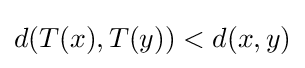
d(T(x),T(y))<d(x,y)